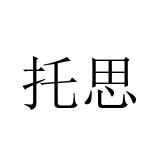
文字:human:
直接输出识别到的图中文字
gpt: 托思